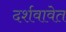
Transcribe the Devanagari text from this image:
दर्शवावेत